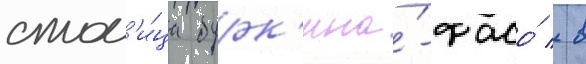
стол'и́ца бурк'ина́-фасо́ / в